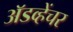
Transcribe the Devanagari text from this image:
अॅडव्हेंचर